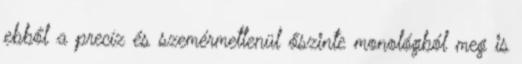
ebből a precíz és szemérmetlenül őszinte monológból meg is